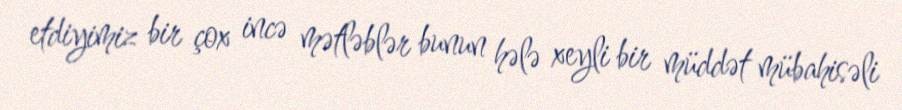
etdiyimiz bir çox incə mətləblər bunun hələ xeyli bir müddət mübahisəli